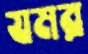
যমর